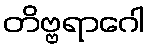
တိဗ္ဗရာဂေါ